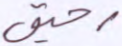
رحيق